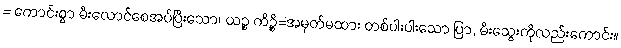
= ကောင်းစွာ မီးလောင်စေအပ်ပြီးသော။ ယဉ္စ ကိဉ္စိ=အမှတ်မထား တစ်ပါးပါးသော ပြာ, မီးသွေးကိုလည်းကောင်း။